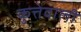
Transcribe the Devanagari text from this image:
कुत्तेवाली